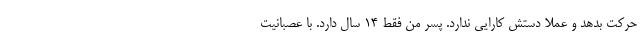
حرکت بدهد و عملا دستش کارایی ندارد. پسر من فقط ۱۴ سال دارد. با عصبانیت